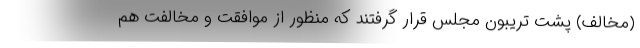
(مخالف) پشت تریبون مجلس قرار گرفتند که منظور از موافقت و مخالفت هم